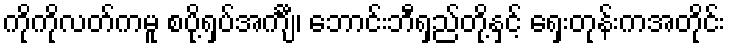
ကိုကိုလတ်ကမူ စပို့ရှပ်အင်္ကျီ၊ ဘောင်းဘီရှည်တို့နှင့် ရှေးတုန်းကအတိုင်း